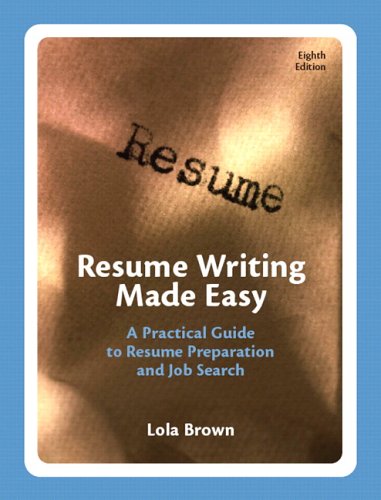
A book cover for Resume Writing Made Easy: A Practical Guide to Resume Preparation and Job Search (8th Edition); Lola M. Brown; Business & Money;